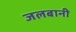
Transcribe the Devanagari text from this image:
जलबानी